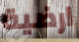
ارضية